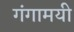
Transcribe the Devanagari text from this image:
गंगामयी